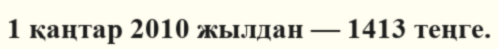
1 қаңтар 2010 жылдан — 1413 теңге.